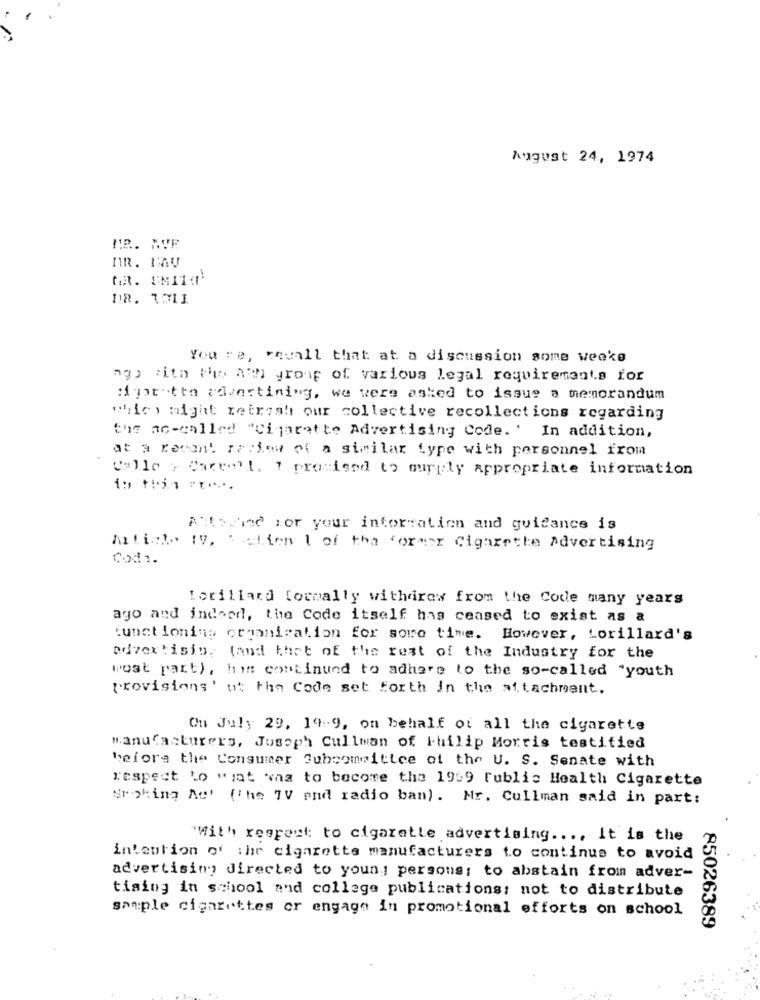
August 24, 1974
MR. AVE
MR. MAU
You re, rouall that at a discussion some weeke
ag) with the ath group of various legal requirements for
:mette advertining, we were asked to issue a memorandum
which) might refresh our collective recollections regarding
the me-called "Cigarette Advertising Code.' In addition,
at a recent perfew of a similar type with personnel from
Calle > Caree'l. 1 promised to ourply appropriate information
Attodhod for your information and guidance is
hatice tv, Setien 1 of the former Cigarette Advertising
Cod ..
Lorillard formally withdraw from the Code many years
ago and indeed, the Code itself has ceased to exist as a
functioning organization for some time. However, Lorillard's
advertising (and that of the rest of the Industry for the
Post part), his continued to adhere to the so-called "youth
provisions' ut the Code set Forth in the attachment.
Ou July 29, 19:9, on behalf of all the cigarette
manufacturers, Joseph Cullman of Philip Morris testitied
before the Consumer Subcommittee of the U. S. Senate with
respect to what was to become the 1939 Public Health Cigarette
Sroking Ad' (The TV and radio ban). Mr. Cullman said in part:
"With regpeut: to cigarette advertising ..., It is the
intention of the cigarette manufacturers to continue to avoid
advertising directed to younj persons; to abstain from adver-
tising in school and college publications: not to distribute
sample cigarettes or engage in promotional efforts on school
85026389